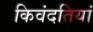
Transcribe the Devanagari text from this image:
किवंदतियां